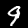
Label: 9